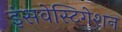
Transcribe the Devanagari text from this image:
इंसवेस्टिगेशन